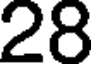
28